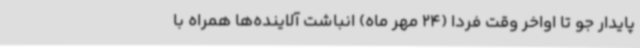
پایدار جو تا اواخر وقت فردا (24 مهر ماه) انباشت آلاینده‌ها همراه با